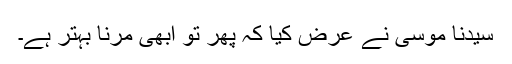
سیدنا موسیٰؑ نے عرض کیا کہ پھر تو ابھی مرنا بہتر ہے۔